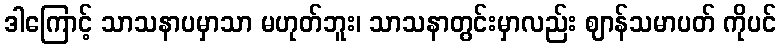
ဒါကြောင့် သာသနာပမှာသာ မဟုတ်ဘူး၊ သာသနာတွင်းမှာလည်း ဈာန်သမာပတ် ကိုပင်